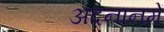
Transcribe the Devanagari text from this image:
अदनानमें